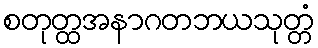
စတုတ္ထအနာဂတဘယသုတ္တံ